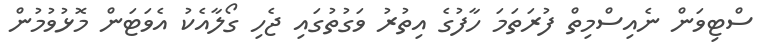
ސްޓިވަން ނެއިސްމިތް ފުރަތަމަ ހާފުގެ އިތުރު ވަގުތުގައި ޖެހި ގޯލާއެކު އެވަޓަން މޮޅުވުމުން